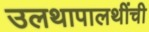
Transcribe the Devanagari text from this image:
उलथापालथींची